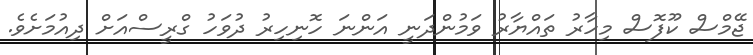
ޖޭމްސް ކޫފޮސް މިހާރު ތައްޔާރު ވަމުންދަނީ އަންނަ ހޮނިހިރު ދުވަހު ގްރީސްއަށް ދިއުމަށެވެ.